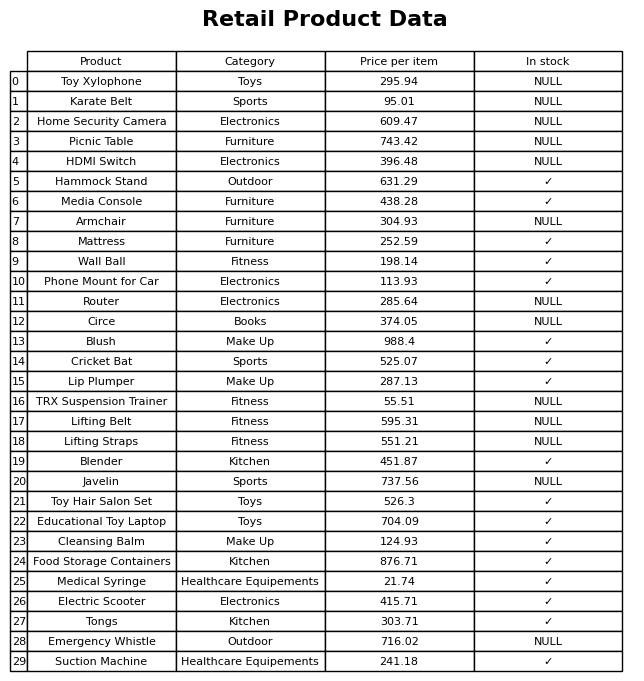
question: Which products are available in stock?
answer: Hammock Stand, Media Console, Mattress, Wall Ball, Phone Mount for Car, Blush, Cricket Bat, Lip Plumper, Blender, Toy Hair Salon Set, Educational Toy Laptop, Cleansing Balm, Food Storage Containers, Medical Syringe, Electric Scooter, Tongs, Suction Machine